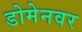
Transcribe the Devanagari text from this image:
डोमेनवर